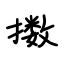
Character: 擞